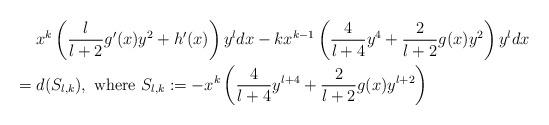
LaTeX: \begin{align*}&\mathrel{\phantom{=}} x^k \left( \frac{l}{l+2} g'(x) y^2 + h'(x) \right) y^l dx - kx^{k-1} \left( \frac{4}{l+4} y^4 + \frac{2}{l+2} g(x) y^2 \right) y^l dx \\&= d(S_{l,k}), \ \mathrm{where} \ S_{l,k} := - x^k \left( \frac{4}{l+4} y^{l+4}+\frac{2}{l+2} g(x) y^{l+2} \right)\end{align*}